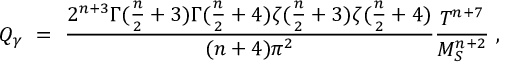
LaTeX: Q _ { \gamma } \ = \ { \frac { 2 ^ { n + 3 } \Gamma ( { \frac { n } { 2 } } + 3 ) \Gamma ( { \frac { n } { 2 } } + 4 ) \zeta ( { \frac { n } { 2 } } + 3 ) \zeta ( { \frac { n } { 2 } } + 4 ) } { ( n + 4 ) \pi ^ { 2 } } } { \frac { T ^ { n + 7 } } { M _ { S } ^ { n + 2 } } } \ ,